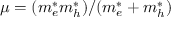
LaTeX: \mu = ( m _ { e } ^ { * } m _ { h } ^ { * } ) / ( m _ { e } ^ { * } + m _ { h } ^ { * } )